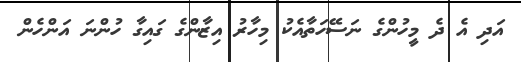
އަދި އެ ދެ މީހުންގެ ނަސޭހަތާއެކު މިހާރު އިޒާންގެ ގައިގާ ހުންނަ އަންހެން